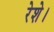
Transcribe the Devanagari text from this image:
रेशे।